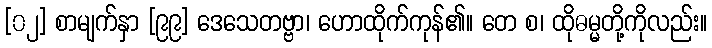
[၀၂] စာမျက်နှာ [၉၉] ဒေသေတဗ္ဗာ၊ ဟောထိုက်ကုန်၏။ တေ စ၊ ထိုဓမ္မတို့ကိုလည်း။